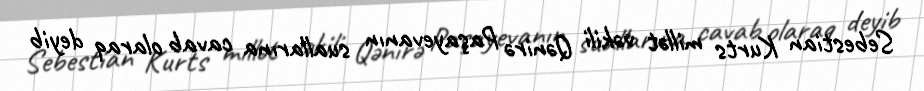
Sebestian Kurts millət vəkili Qənirə Paşayevanın suallarına cavab olaraq deyib